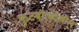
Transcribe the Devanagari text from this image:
फुटबॉलदेखील